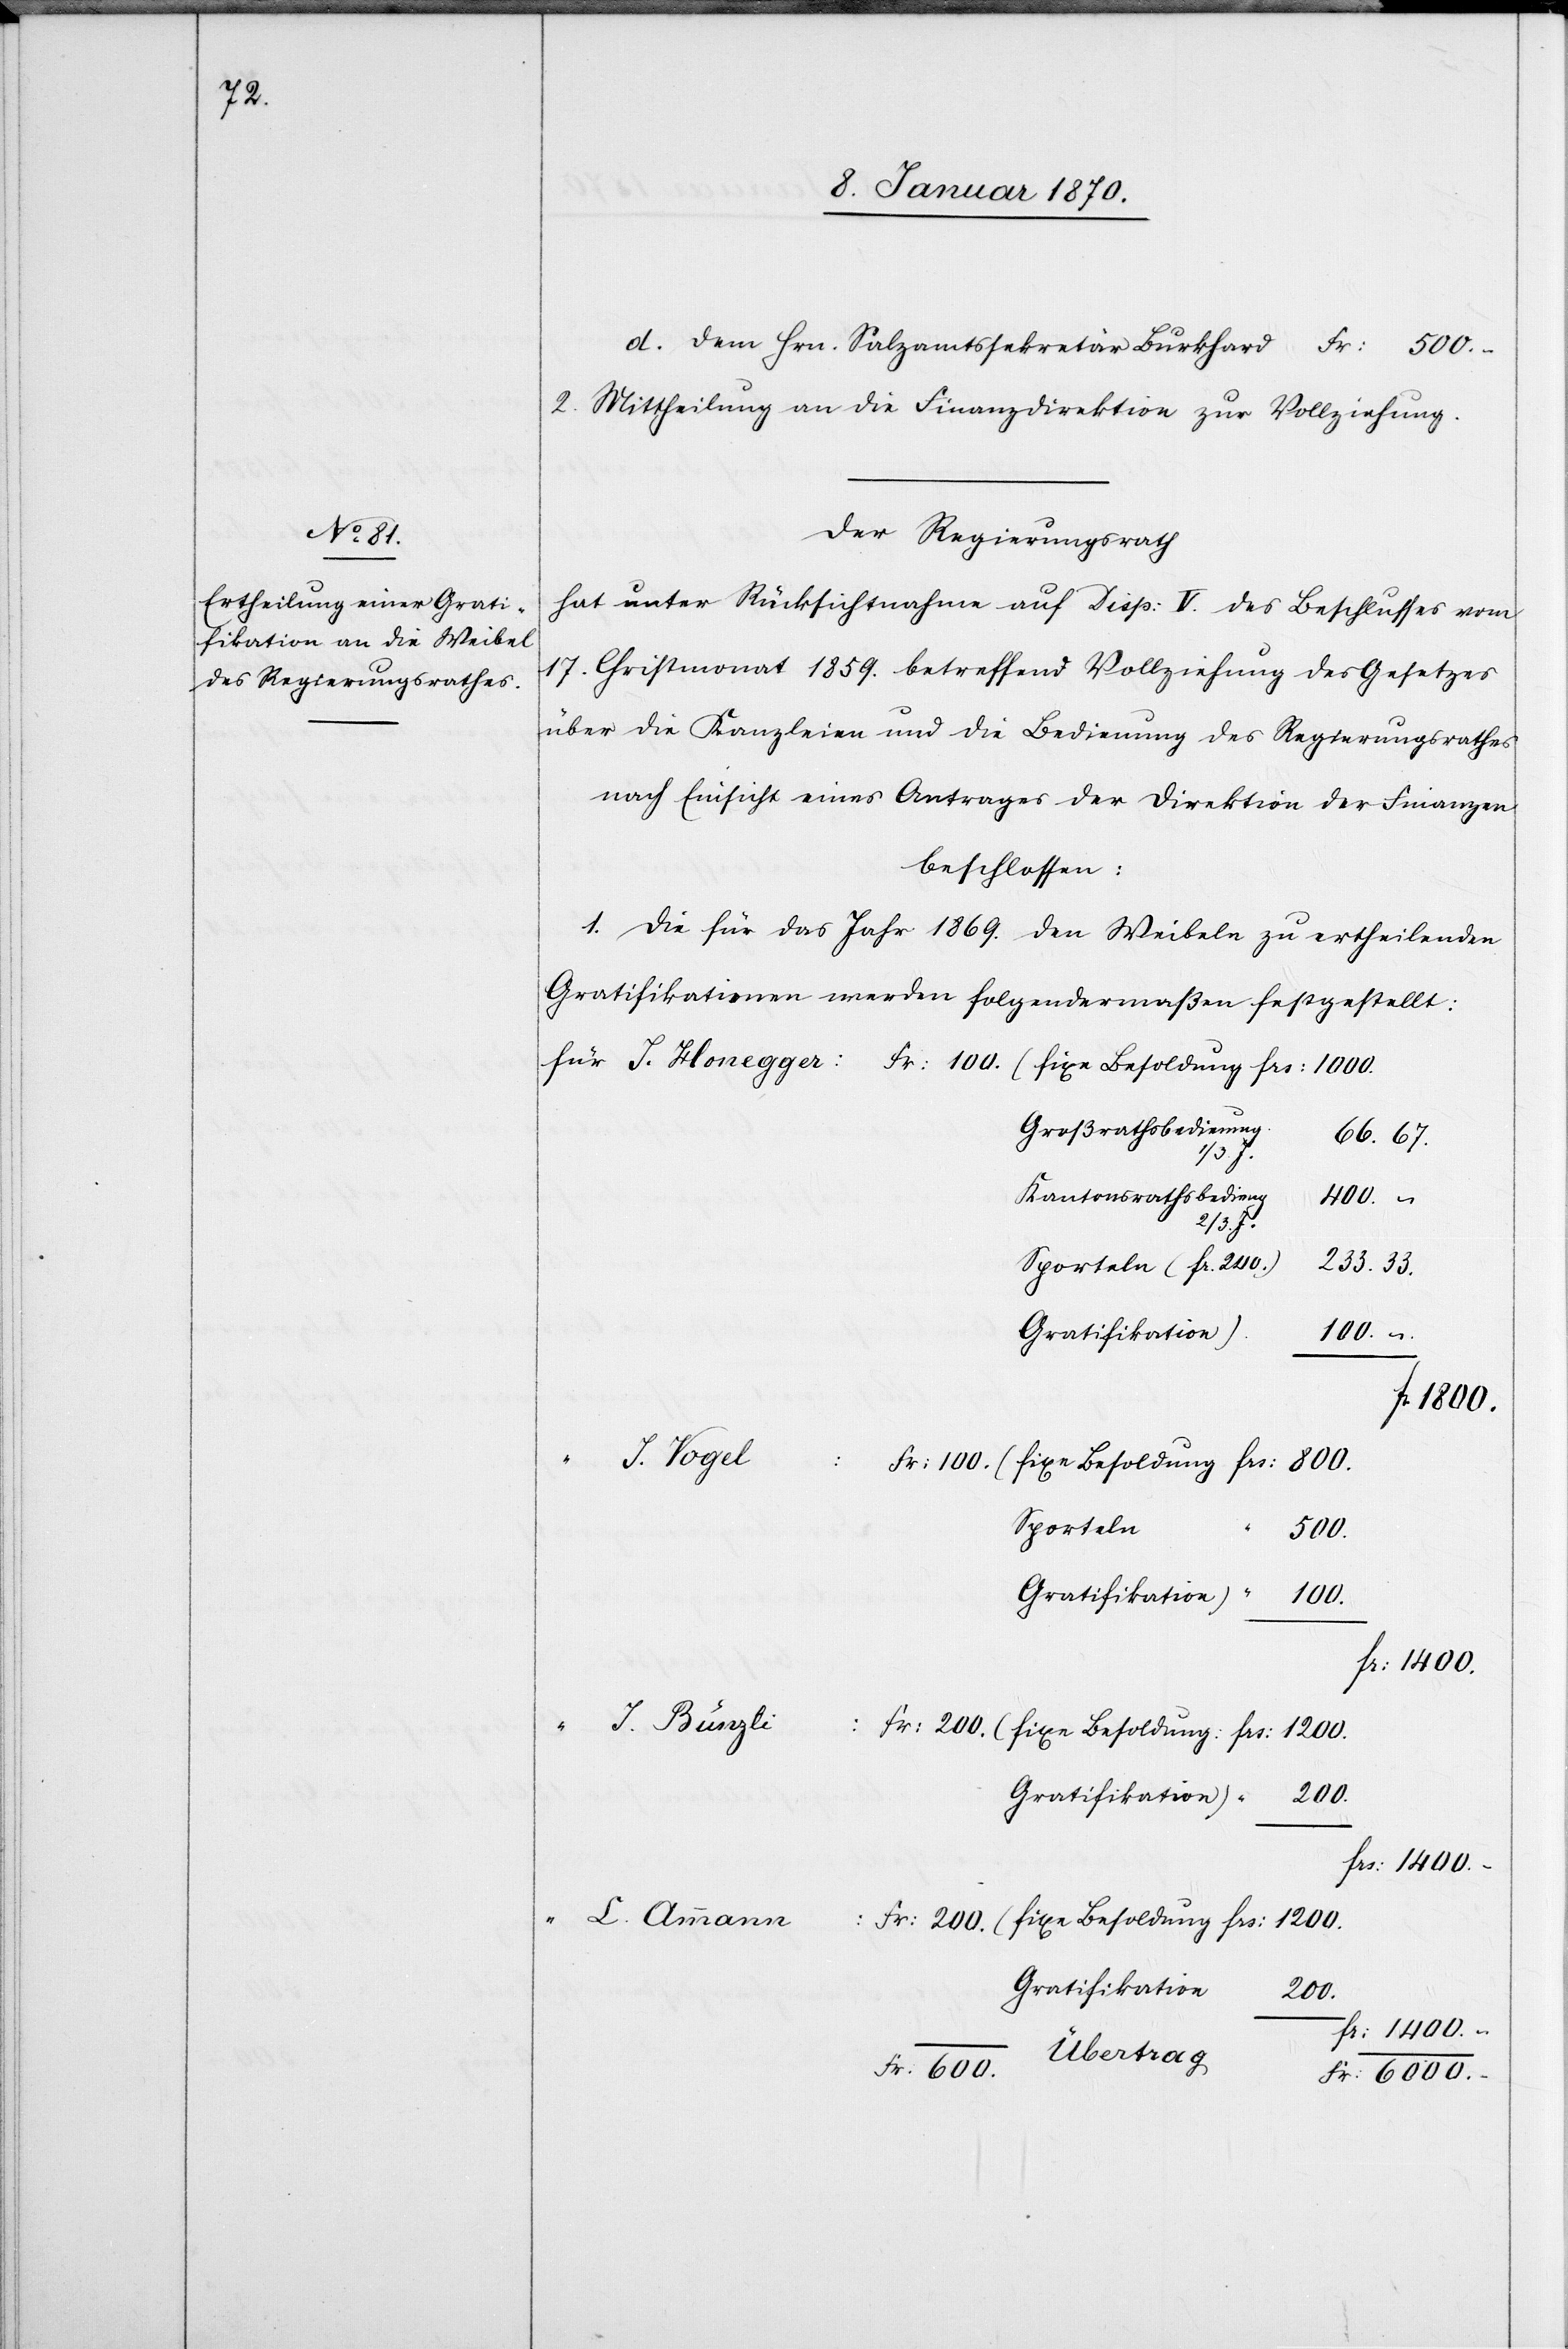
d. dem Hrn. Salzamtssekretär Burkhard		Fr: 	 500.-
2. Mittheilung an die Finanzdirektion zur Vollziehung.
Der Regierungsrath
hat unter Rücksichtnahme auf Disp: V. des Beschlusses vom
17. Christmonat 1859. betreffend Vollziehung des Gesetzes
über die Kanzleien und die Bedienung des Regierungsrathes
nach Einsicht eines Antrages der Direktion der Finanzen
beschlossen:
1. Die für das Jahr 1869. den Weibel zu ertheilenden
Gratifikationen werden folgendermaßen festgestellt:
Großrathsbedienung
66.67
2/3 J.
Kantonsrathsbedieng
400. –
Sporteln (fr. 200.)
233.33.
Gratifikation)
100. –
L.
Sporteln
500.
Gratifikation)
100.
Fr: 200.
J.
J. Bürgli:
200.
fr: 1400